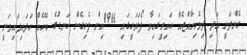
ގެންދަނީ އަދި ދިވެހިރާއްޖެއާ ކައިރީގައިވާ ފޯޅަވަހީގައި 1966އިން ފެށިގެން ކަނޑުގެ ބޭހެއް ހަދައިފައިވަނީ